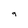
Character: 9